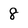
Character: 8